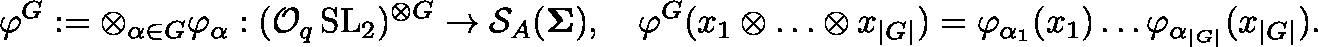
\varphi ^ { \mathbb { G } } : = \otimes _ { \alpha \in \mathbb { G } } \varphi _ { \alpha } : ( \mathcal { O } _ { q } \operatorname { S L } _ { 2 } ) ^ { \otimes \mathbb { G } } \to \mathcal { S } _ { A } ( \mathbf { \Sigma } ) , \quad \varphi ^ { \mathbb { G } } ( x _ { 1 } \otimes \ldots \otimes x _ { | \mathbb { G } | } ) = \varphi _ { \alpha _ { 1 } } ( x _ { 1 } ) \ldots \varphi _ { \alpha _ { | \mathbb { G } | } } ( x _ { | \mathbb { G } | } ) .